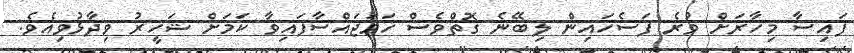
ފައިސާ މިހާރަށް ވުރެ ފަސެހައިން ލިބޭނެ ގޮތްވެސް ހަމަޖައްސާފައިވާ ކަމަށް ޝަހީރު ވިދާޅުވިއެވެ.